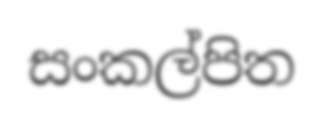
සංකල්පිත